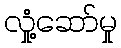
လှုံ့ဆော်မှု